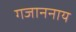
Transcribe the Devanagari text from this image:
गजाननाय